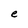
Character: e